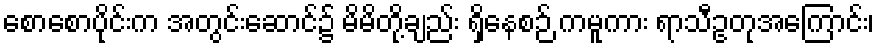
စောစောပိုင်းက အတွင်းဆောင်၌ မိမိတို့ချည်း ရှိနေစဉ် ကမူကား ရာသီဥတုအကြောင်း၊